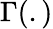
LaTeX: \Gamma(.)